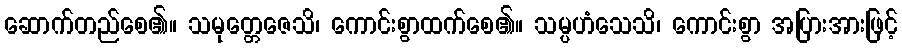
ဆောက်တည်စေ၏။ သမုတ္တေဇေသိ၊ ကောင်းစွာထက်စေ၏။ သမ္ပဟံသေသိ၊ ကောင်းစွာ အပြားအားဖြင့်